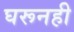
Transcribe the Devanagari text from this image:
घरूनही